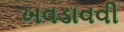
ખવડાવવી